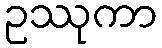
ဥဿုကာ